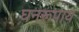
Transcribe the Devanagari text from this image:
घनरूपाय